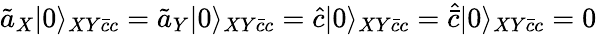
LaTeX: \tilde{a}_{X}|0\rangle_{XY\bar{c}c}=\tilde{a}_{Y}|0\rangle_{XY\bar{c}c}=\hat{c}|0\rangle_{XY\bar{c}c}=\hat{\bar{c}}|0\rangle_{XY\bar{c}c}=0